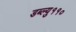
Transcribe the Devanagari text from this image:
डब्ल्यु११०